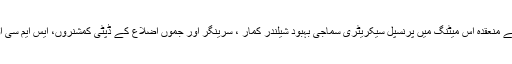
سماجی دوری کو برقرار رکھنے کیلئے ویڈیو کانفرنسنگ کے ذریعے منعقدہ اس میٹنگ میں پرنسپل سیکریٹری سماجی بہبود شیلندر کمار ، سرینگر اور جموں اضلاع کے ڈپٹی کمشنروں، ایس ایم سی اور جے ایم سی کے کمشنروں اور دیگر کئی افسران نے شرکت کی ۔